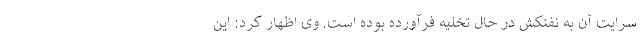
سرایت آن به نفتکش در حال تخلیه فرآورده بوده است. وی اظهار کرد: این